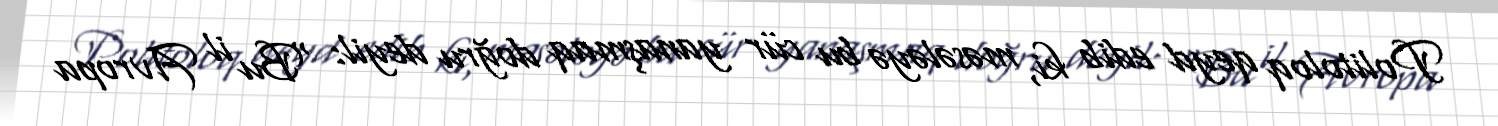
Politoloq qeyd edib ki, məsələyə bu cür yanaşmaq doğru deyil: “Bu il Avropa